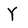
Character: Y